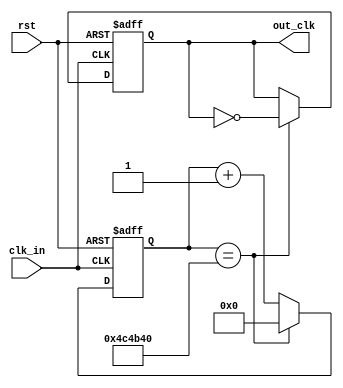
`timescale 1ns / 1ps
//////////////////////////////////////////////////////////////////////////////////
// Company:
// Engineer:
//
// Design Name:
// Module Name: clk_div
// Project Name:
// Target Devices:
// Tool Versions:
// Description:
//
// Dependencies:
//
// Revision:
// Revision 0.01 - File Created
// Additional Comments:
//
//////////////////////////////////////////////////////////////////////////////////


module clk_div ( clk_in, rst, out_clk );
    parameter       factor   = 5_000_000;  // the factor of dividing source frequency by
    // target frequency. Target frequency is 20 Hz in this case with 100MHz input frequency;

    localparam      count_to = factor >> 1;
    localparam      MSB      = 26; // Maximumly divides up to but not including 1Hz

    input           clk_in, rst;
    output  reg     out_clk;

    reg     [MSB:0]  counter = 0;

    always @(posedge clk_in or posedge rst) begin
        counter <= counter + 1;
        if (rst) begin
          counter <= 0;
          out_clk <= 0;
        end else if(counter == factor)
        begin
            counter <= 0;
            out_clk <= ~out_clk;
        end
    end

endmodule